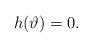
LaTeX: \begin{align*}h(\vartheta) = 0. \end{align*}